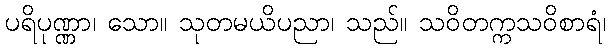
ပရိပုဏ္ဏာ၊ သော။ သုတမယိပညာ၊ သည်။ သဝိတက္ကသဝိစာရံ၊